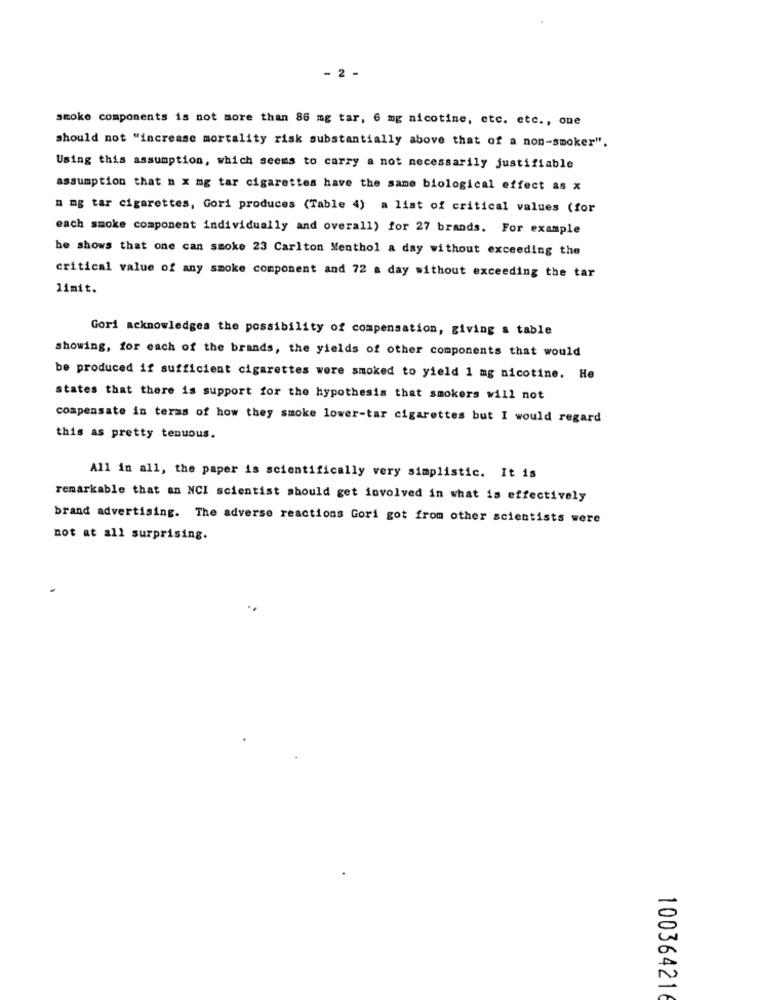
- 2 -
smoke components is not more than 86 mg tar, 6 mg nicotine, etc. etc ., one
should not "increase mortality risk substantially above that of a non-smoker".
Using this assumption, which seems to carry a not necessarily justifiable
assumption that n x mg tar cigarettes have the same biological effect as x
" mg tar cigarettes, Gori produces (Table 4) a list of critical values (for
each smoke component individually and overall) for 27 brands. For example
he shows that one can smoke 23 Carlton Menthol a day without exceeding the
critical value of any smoke component and 72 a day without exceeding the tar
limit.
Gori acknowledges the possibility of compensation, giving a table
showing, for each of the brands, the yields of other components that would
be produced if sufficient cigarettes were smoked to yield 1 mg nicotine. He
states that there is support for the hypothesis that smokers will not
compensate in terms of how they smoke lower-tar cigarettes but I would regard
this as pretty tenuous.
All in all, the paper is scientifically very simplistic. It is
remarkable that an NCI scientist should get involved in what is effectively
brand advertising. The adverse reactions Gori got from other scientists were
not at all surprising.
10036421